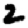
Digit: 2